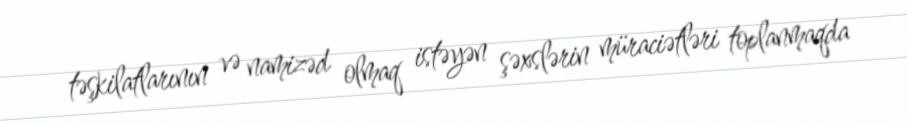
təşkilatlarının və namizəd olmaq istəyən şəxslərin müraciətləri toplanmaqda